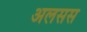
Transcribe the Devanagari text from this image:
अलसस